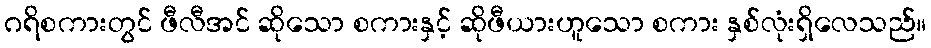
ဂရိစကားတွင် ဖီလီအင် ဆိုသော စကားနှင့် ဆိုဖီယားဟူသော စကား နှစ်လုံးရှိလေသည်။